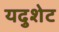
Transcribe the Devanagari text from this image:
यदुशेट